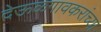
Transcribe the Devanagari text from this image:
देऊळगावकरांच्या